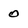
Character: o